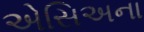
એસિઅના